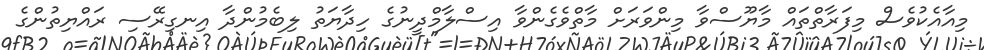
މިއާއެކުވެސް މިފަރާތްތައް މާޔޫސްވާ މިންވަރަށް މާތްވެގެންވާ އިސްލާމްދީނުގެ ހިދާޔަތު ލިބެމުންދާ އިނގިރޭސި ރައްޔިތުންގެ